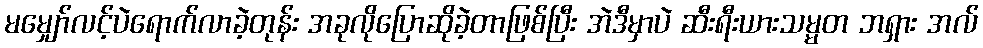
မမျှော်လင့်ပဲရောက်လာခဲ့တုန်း အခုလိုပြောဆိုခဲ့တာဖြစ်ပြီး အဲဒီမှာပဲ ဆီးရီးယားသမ္မတ ဘရှား အလ်